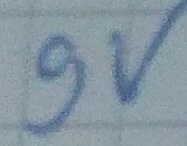
Text: 9v